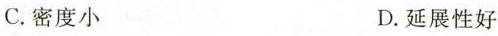
C.密度小 D.延展性好